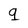
Character: q